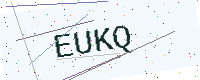
Text: EUKQ